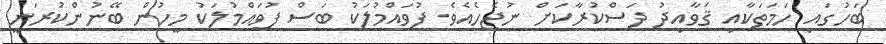
ބަހުގައި ހަމަތަކާއި ޤަވާއިދު ދަސްކުރާކަށް ނުޖެހެއެވެ. ފުވައްމުލަކު ބަސް ފުވައްމުލަކު މީހުން ބޭނުންކުރަނީ